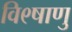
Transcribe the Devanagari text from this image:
वि९षाणु